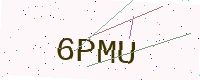
Text: 6PMU